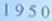
1950